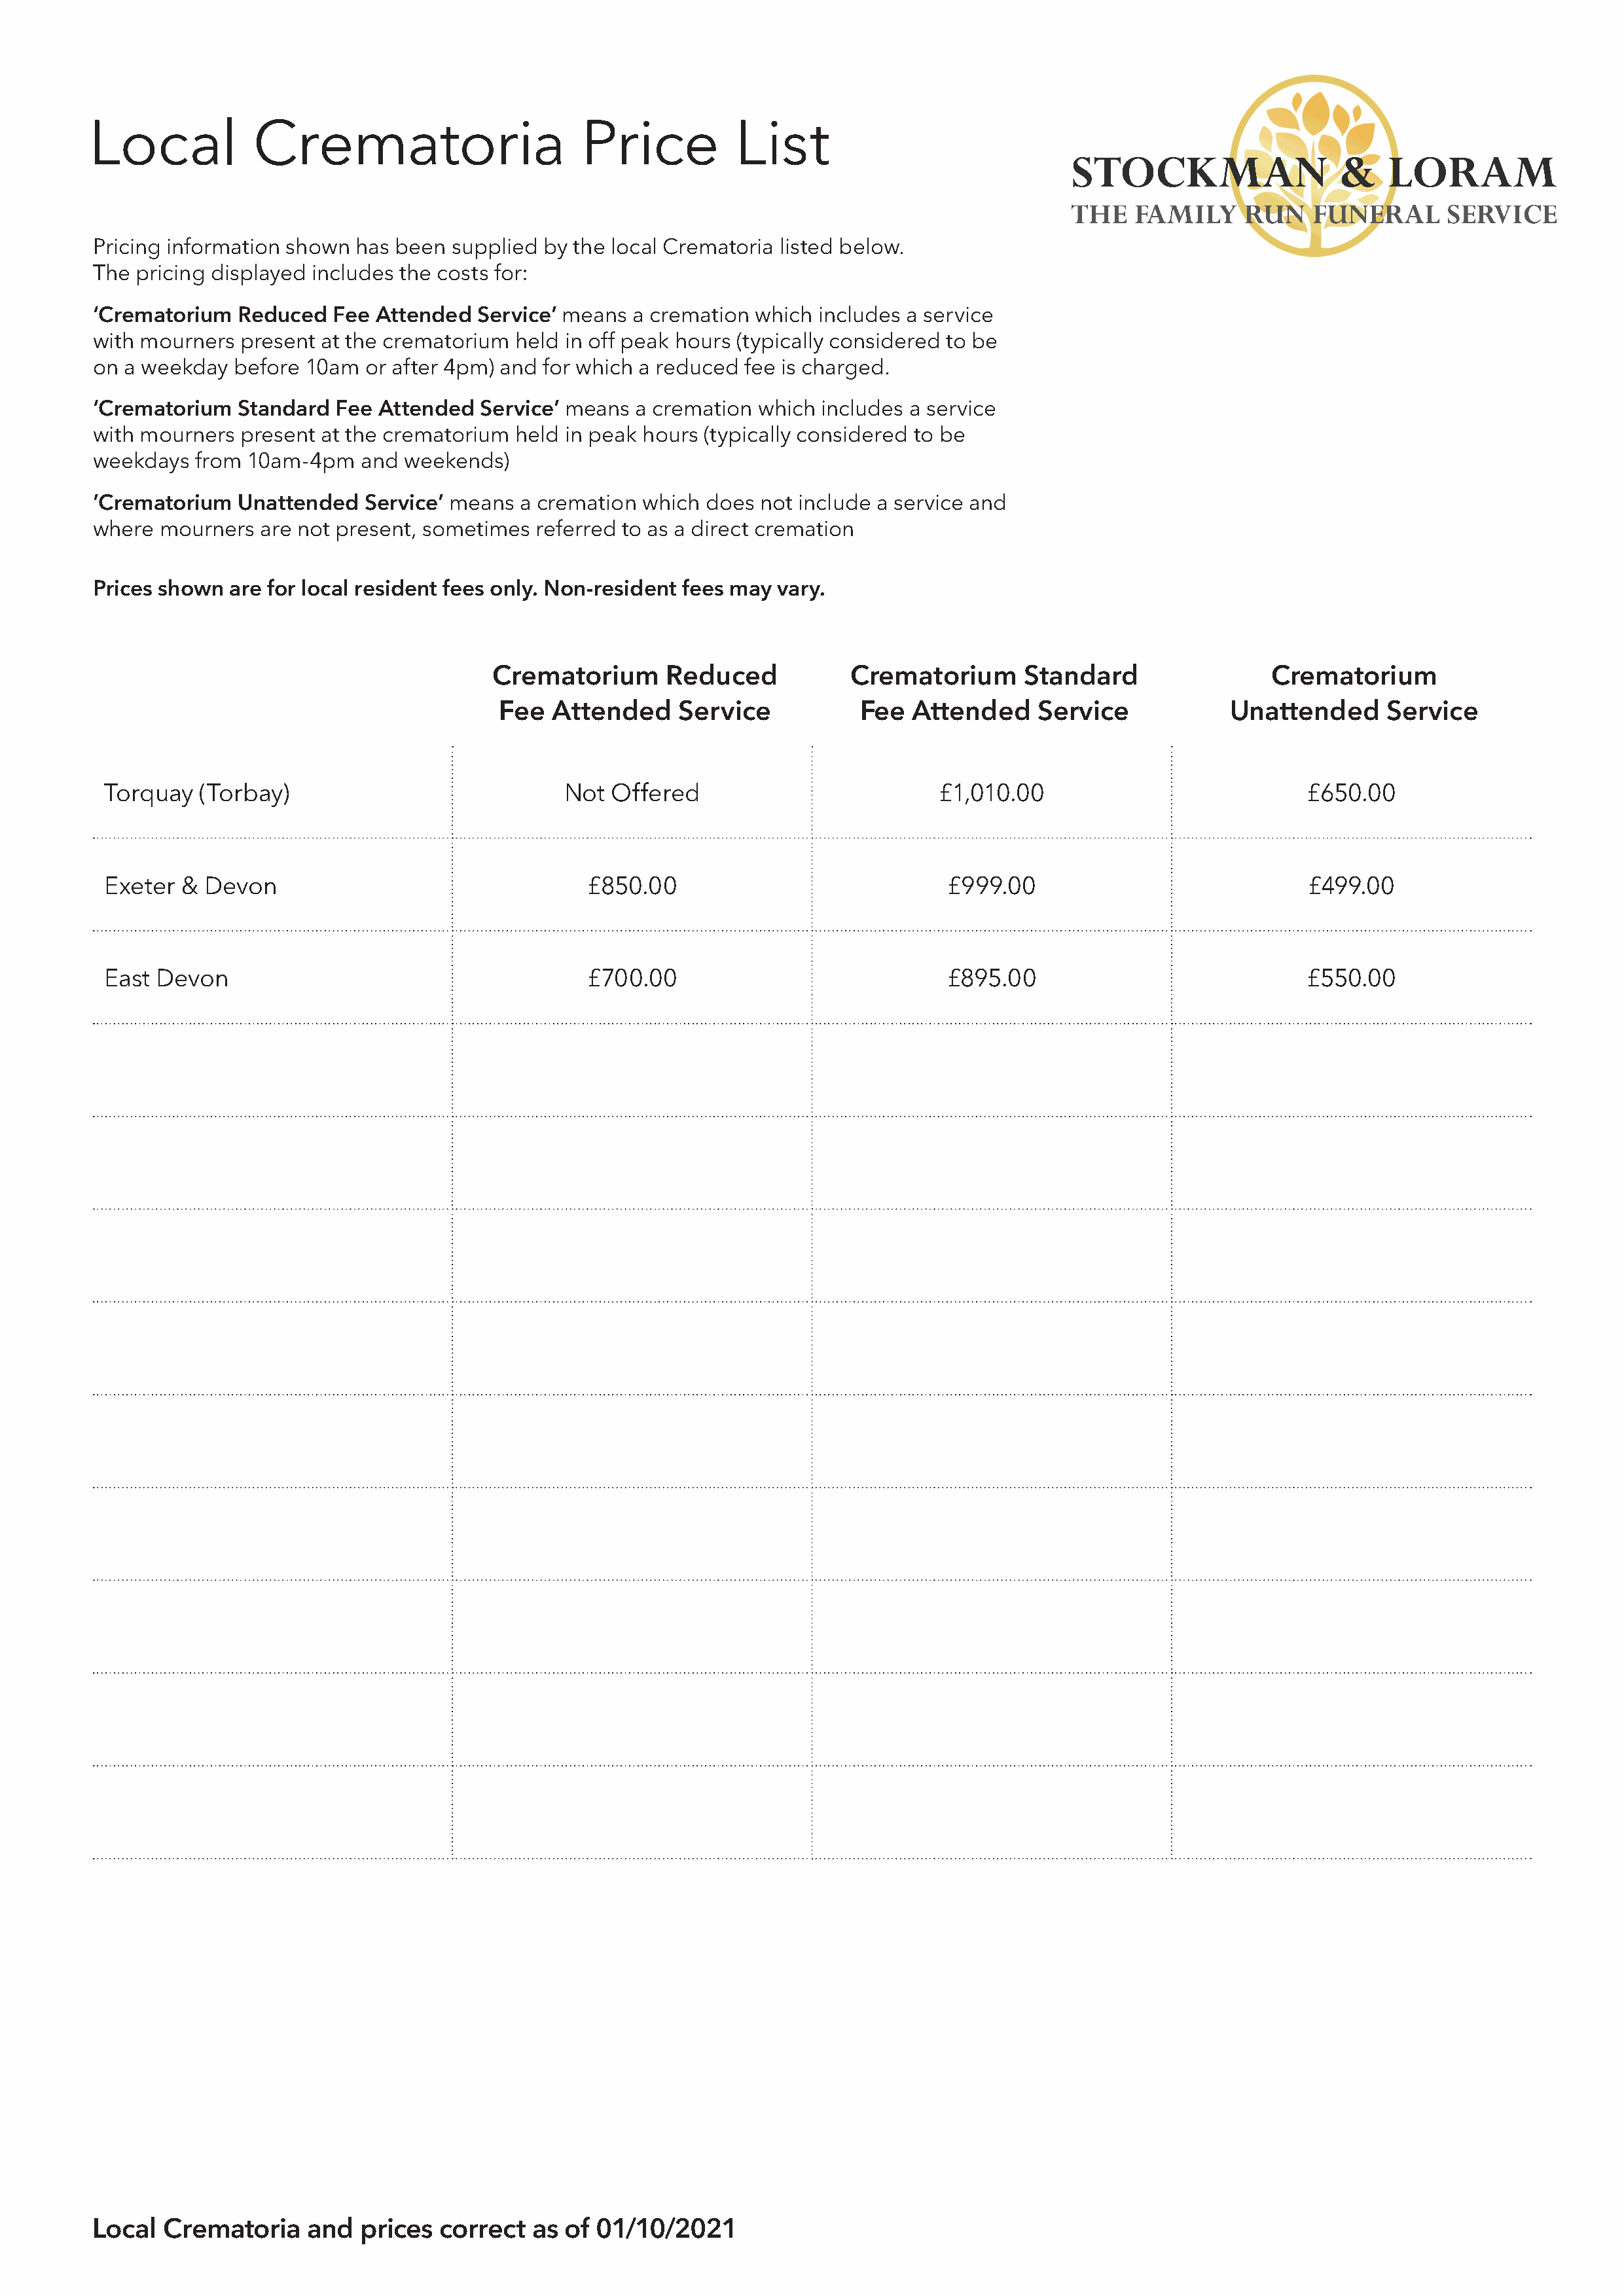
Local            Crematoria                       Price          List
 Pricing information shown  has been  supplied by the local Crematoria listed below.
 The  pricing displayed includes the costs for:
 ‘Crematorium   Reduced   Fee Attended  Service’ means  a cremation which  includes a service
 with mourners  present  at the crematorium held in off peak hours (typically considered to be
 on  a weekday  before 10am  or after 4pm) and for which a reduced fee is charged.
 ‘Crematorium   Standard  Fee Attended   Service’ means a cremation  which includes a service
 with mourners  present  at the crematorium held in peak hours (typically considered to be
 weekdays   from 10am-4pm   and  weekends)
 ’Crematorium   Unattended   Service’ means  a cremation which does  not include a service and
 where  mourners  are not present, sometimes  referred to as a direct cremation
 Prices shown  are for local resident fees only. Non-resident fees may vary.
 Crematorium      Reduced            Crematorium       Standard                 Crematorium
 Fee   Attended     Service           Fee  Attended     Service            Unattended      Service
 Torquay  (Torbay)                             Not  Offered                          £1,010.00                            £650.00
 Exeter &  Devon                                 £850.00                              £999.00                             £499.00
 East Devon                                      £700.00                              £895.00                             £550.00
 Local   Crematoria    and  prices  correct   as of 01/10/2021